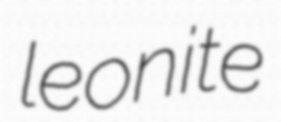
leonite